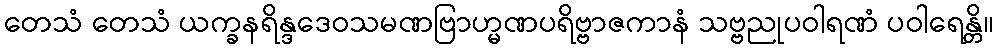
တေသံ တေသံ ယက္ခနရိန္ဒဒေဝသမဏဗြာဟ္မဏပရိဗ္ဗာဇကာနံ သဗ္ဗညုပဝါရဏံ ပဝါရေန္တိ။